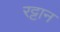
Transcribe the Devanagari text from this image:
रट्टान